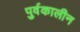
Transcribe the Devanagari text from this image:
पुर्वकालीन